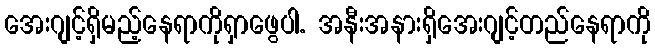
အေးဂျင့်ရှိမည့်နေရာကိုရှာဖွေပါ. အနီးအနားရှိအေးဂျင့်တည်နေရာကို